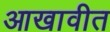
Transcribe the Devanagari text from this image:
आखावीत